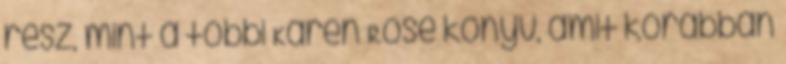
rész, mint a többi Karen Rose könyv, amit korábban